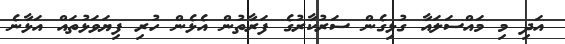
އަދި މި މައްސަލައާ ގުޅިގެން ސަރުކާރުގެ ފަރާތުން އެޅެން ހުރި ފިޔަވަޅުތައް އަޅާނެ